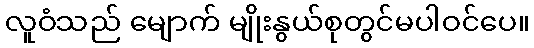
လူဝံသည် မျောက် မျိုးနွယ်စုတွင်မပါဝင်ပေ။